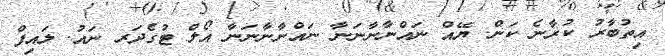
އިތުބާރު ކުރާނެ ކަން. ޔޭއް ނައްނާނާނަނާ ނައްނާނާނަނާ އޯލް ޓުގެދަރ ނައު. ލައިފް